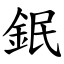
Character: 鈱